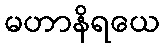
မဟာနိရယေ